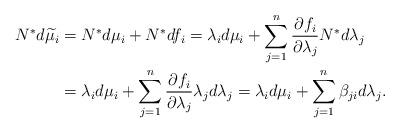
LaTeX: \begin{align*} N^{\ast}d\widetilde{\mu_i}&=N^{\ast}d\mu_i+N^{\ast}df_i =\lambda_id\mu_i+\sum_{j=1}^n\frac{\partial f_i}{\partial\lambda_j}N^{\ast}d\lambda_j\\ &=\lambda_id\mu_i+\sum_{j=1}^n\frac{\partial f_i}{\partial\lambda_j}\lambda_jd\lambda_j =\lambda_id\mu_i+\sum_{j=1}^n\beta_{ji}d\lambda_j.\end{align*}